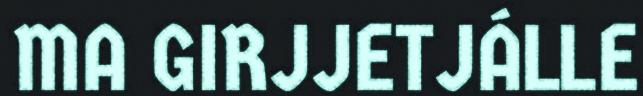
MA GIRJJETJÁLLE